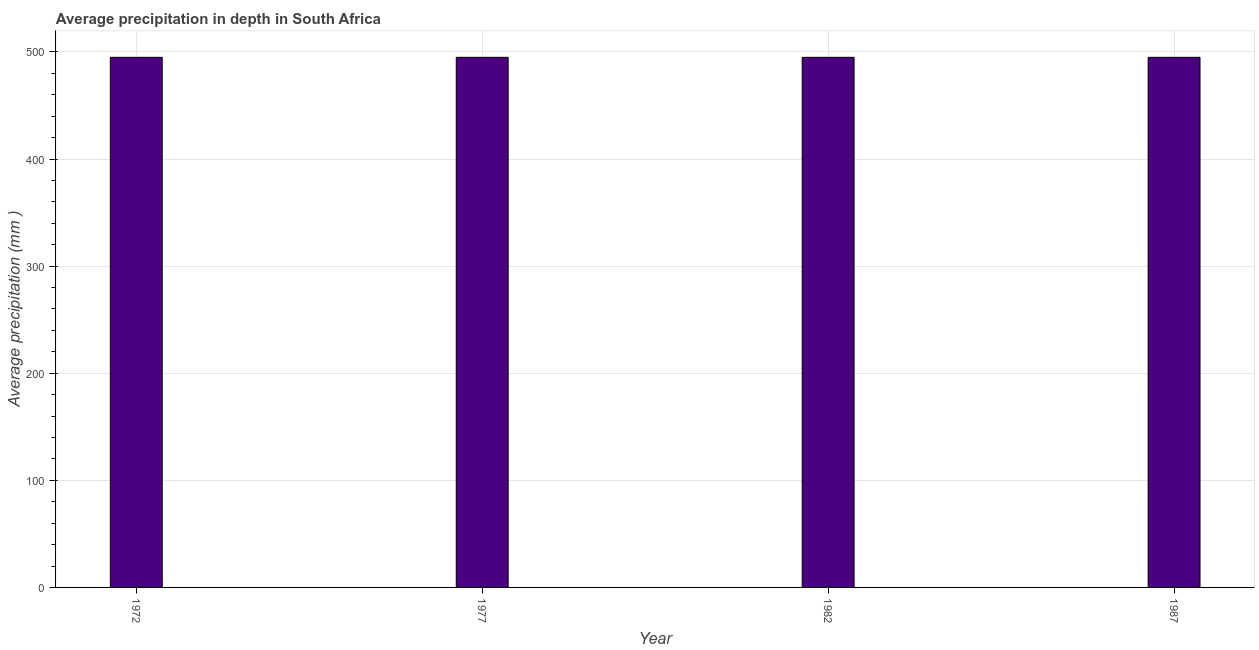
| Year | Average precipitation in depth |
 | --- | --- |
 | 1972 | 495 |
 | 1977 | 495 |
 | 1982 | 495 |
 | 1987 | 495 |